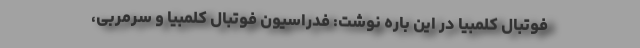
فوتبال کلمبیا در این باره نوشت: فدراسیون فوتبال کلمبیا و سرمربی،